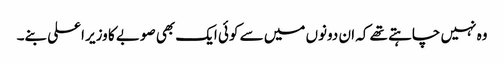
وہ نہیں چاہتے تھے کہ ان دونوں میں سے کوئی ایک بھی صوبے کا وزیر اعلی بنے۔